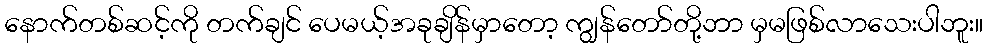
နောက်တစ်ဆင့်ကို တက်ချင် ပေမယ့်အခုချိန်မှာတော့ ကျွန်တော်တို့ဘာ မှမဖြစ်လာသေးပါဘူး။